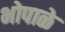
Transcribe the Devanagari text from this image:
भोपाळे